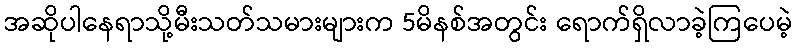
အဆိုပါနေရာသို့မီးသတ်သမားများက 5မိနစ်အတွင်း ရောက်ရှိလာခဲ့ကြပေမဲ့